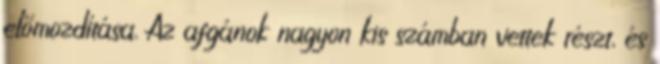
előmozdítása. Az afgánok nagyon kis számban vettek részt, és